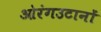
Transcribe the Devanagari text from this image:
ओरंगउटानों